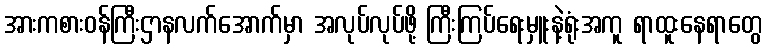
အားကစားဝန်ကြီးဌာနလက်အောက်မှာ အလုပ်လုပ်ဖို့ ကြီးကြပ်ရေးမှူးနဲ့ရုံးအကူ ရာထူးနေရာတွေ